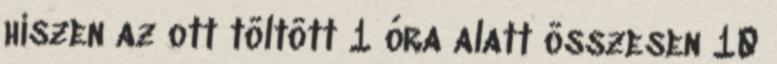
hiszen az ott töltött 1 óra alatt összesen 10